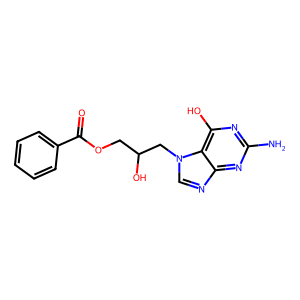
SMILES: Nc1nc(O)c2c(ncn2CC(O)COC(=O)c2ccccc2)n1
Inhibits HIV replication: No